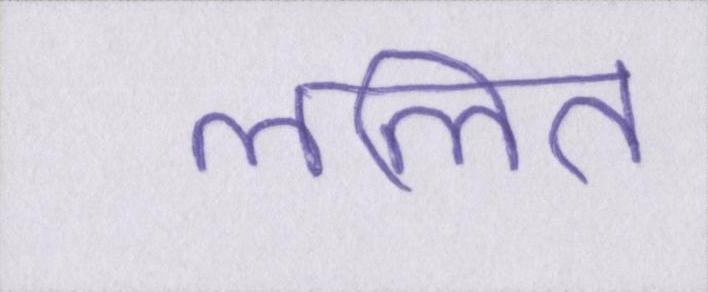
ललित